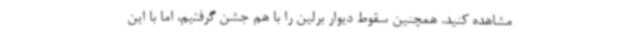
مشاهده کنید. همچنین سقوط دیوار برلین را با هم جشن گرفتیم، اما با این